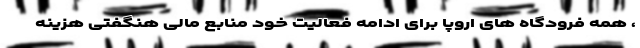
، همه فرودگاه های اروپا برای ادامه فعالیت خود منابع مالی هنگفتی هزینه